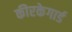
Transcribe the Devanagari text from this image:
कीरकेगार्ड